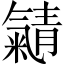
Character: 𱥭